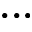
. . .